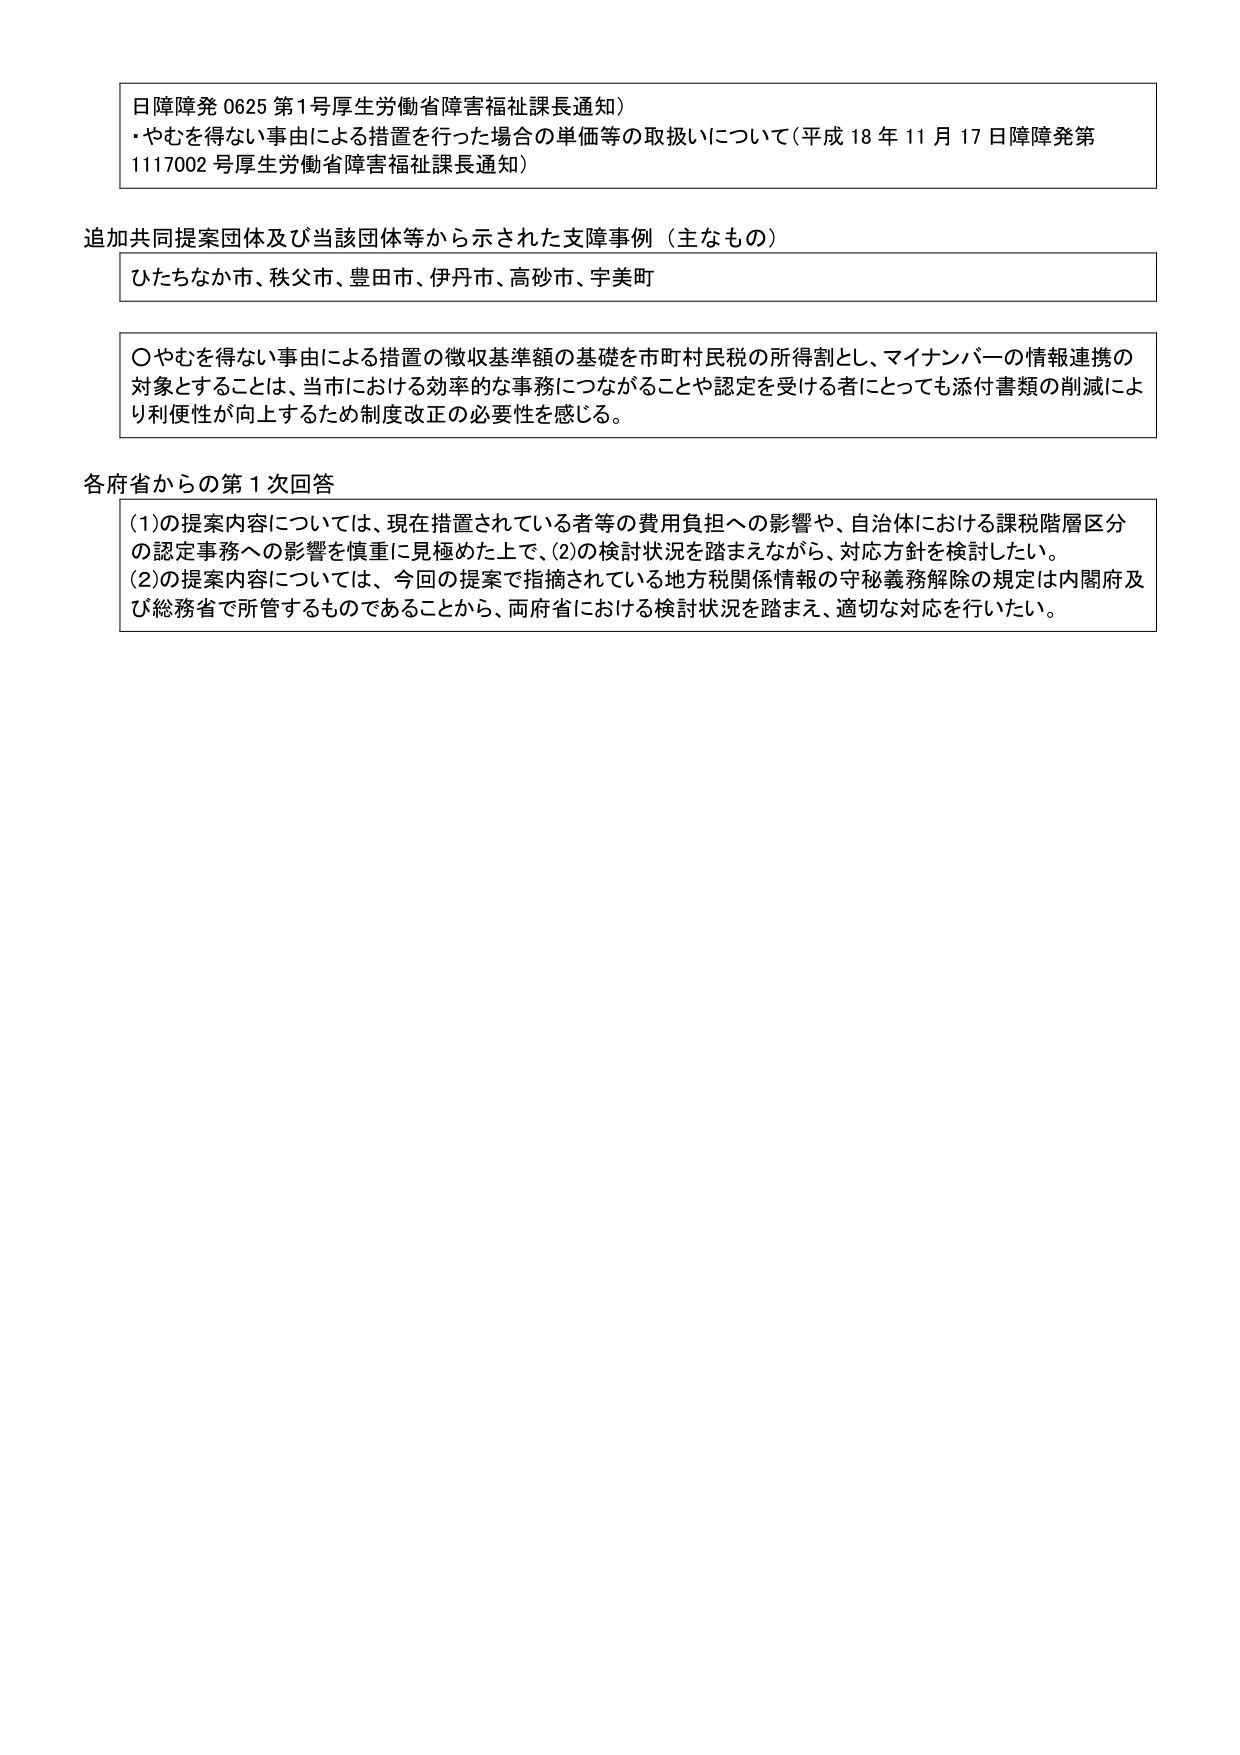
日障障発 0625 第1号厚生労働省障害福祉課長通知）
・やむを得ない事由による措置を行った場合の単価等の取扱いについて（平成18年11月17日障障発第
1117002号厚生労働省障害福祉課長通知）

追加共同提案団体及び当該団体等から示された支援事例（主なもの）
ひたちなか市、秩父市、豊田市、伊丹市、高砂市、宇美町

〇やむを得ない事由による措置の徴収基準額の基礎を市町村民税の所得割とし、マイナンバーの情報連携の
対象とすることは、当市における効率的な事務につながることや認定を受ける者にとっても添付書類の削減によ
り利便性が向上するため制度改正の必要性を感じる。

各府省からの第1次回答
(1)の提案内容については、現在措置されている者等の費用負担への影響や、自治体における課税階層区分
の認定事務への影響を慎重に見極めた上で、(2)の検討状況を踏まえながら、対応方針を検討したい。
(2)の提案内容については、今回の提案で指摘されている地方税関係情報の守秘義務解除の規定は内閣府及
び総務省で所管するものであることから、両府省における検討状況を踏まえ、適切な対応を行いたい。